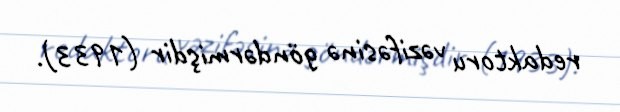
redaktoru vəzifəsinə göndərmişdir (1933).